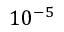
1 0 ^ { - 5 }